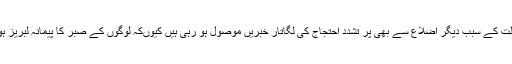
بجلی کی قلت کے سبب دیگر اضلاع سے بھی پر تشدد احتجاج کی لگاتار خبریں موصول ہو رہی ہیں کیوںکہ لوگوں کے صبر کا پیمانہ لبریز ہو چکا ہے۔